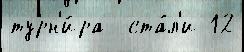
турн'и́ра  ста́л'и 12